Vaccine operations Central Provinces & Berar 1922-1929 - 1922-1929
Year: 1922
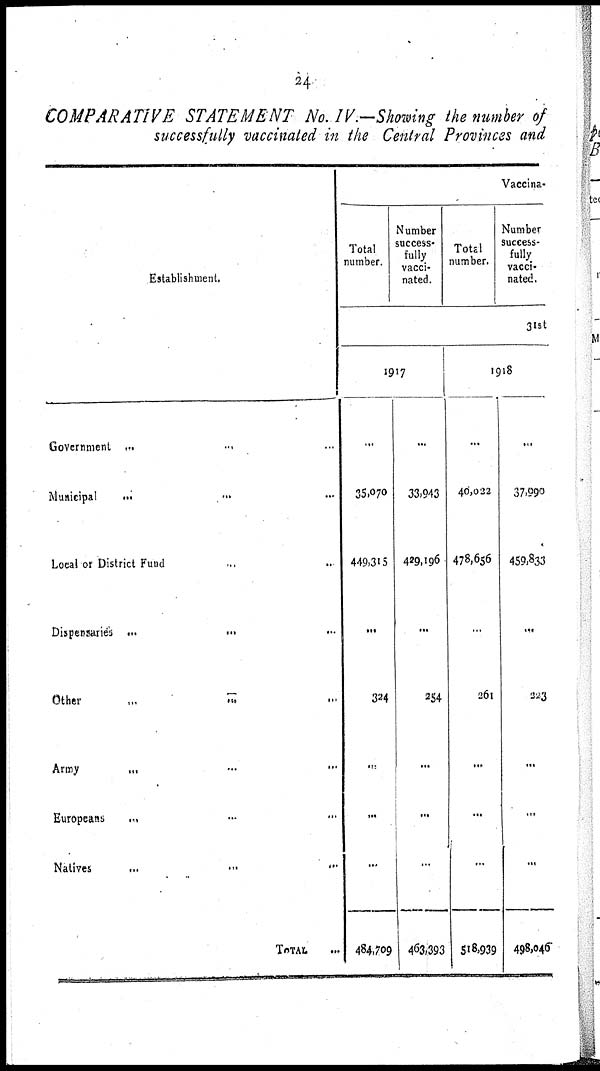
24
COMPARATIVE STATEMENT No. IV.—Showing the number of
successfully vaccinated in the Central Provinces and
Establishment.
Government
...
...
...
Municipal ... ... ...
Local or District Fund ... ...
Dispensaries ...
... ...
Other
...
...
...
Army ... ... ...
Europeans ... ... ...
Natives
...
...
...
TOTAL
...
Vaccina-
Total
number.
Number
success¬
fully
vacci-
nated.
Total
number.
Number
success-
fully
vacci-
nated.
31st
1917
...
35,070
449,315
...
324
...
...
...
484,709
...
33,943
429,196
...
254
...
...
...
463,393
1918
...
40,022
478,656
...
261
...
...
...
518,939
...
37,990
459,833
...
223
...
...
...
498,046